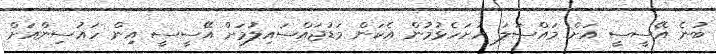
ބުނެ އޭސީސީ އަށް މައްސަލަ ހުށަހެޅުމުން އެކަން މަޑުޖައްސައިލުމަށް އޭސީސީ އިން ހައުސިންއަށް